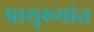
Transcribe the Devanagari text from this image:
प्रामुख्यांत